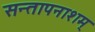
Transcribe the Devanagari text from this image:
सन्तापनाशम्